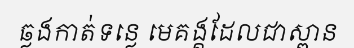
ឆ្លងកាត់ទន្លេ មេគង្គដែលជាស្ពាន